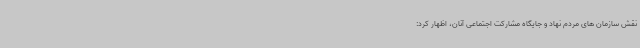
نقش سازمان های مردم نهاد و جایگاه مشارکت اجتماعی آنان، اظهار کرد: